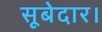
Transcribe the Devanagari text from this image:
सूबेदार।